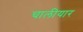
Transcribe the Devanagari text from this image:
चालीयार